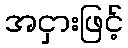
အငှားဖြင့်